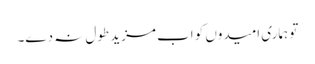
تو ہماری امیدوں کو اب مزید طول نہ دے۔